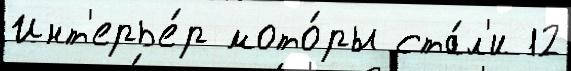
Инт'ерье́р мото́ры ста́л'и 12